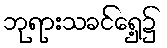
ဘုရားသခင်ရှေ့၌